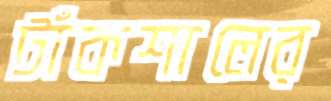
টাঁকশালের